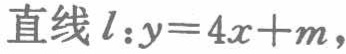
直线 \(l:y = 4x + m\)